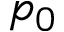
p _ { 0 }